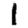
Digit: 1